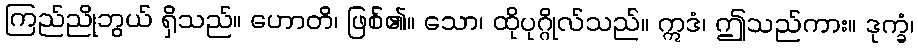
ကြည်ညိုဘွယ် ရှိသည်။ ဟောတိ၊ ဖြစ်၏။ သော၊ ထိုပုဂ္ဂိုလ်သည်။ ဣဒံ၊ ဤသည်ကား။ ဒုက္ခံ၊